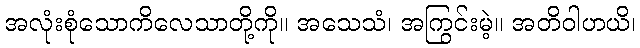
အလုံးစုံသောကိလေသာတို့ကို။ အသေသံ၊ အကြွင်းမဲ့။ အတိဝါဟယိ၊